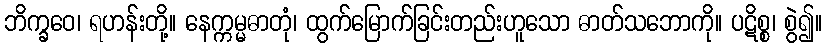
ဘိက္ခဝေ၊ ရဟန်းတို့။ နေက္ကမ္မဓာတုံ၊ ထွက်မြောက်ခြင်းတည်းဟူသော ဓာတ်သဘောကို။ ပဋိစ္စ၊ စွဲ၍။